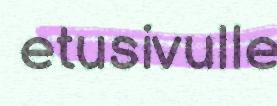
etusivulle